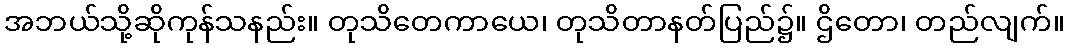
အဘယ်သို့ဆိုကုန်သနည်း။ တုသိတေကာယေ၊ တုသိတာနတ်ပြည်၌။ ဌိတော၊ တည်လျက်။